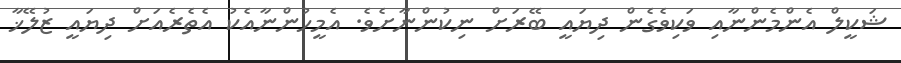
ޝަކީލް އެންމެންނާއި ވަކިވެގެން ދިޔައީ ބޭރަށް ނިކުންނާށެވެ. އެމީހުންނާއެކު އެތެރެއަށް ދިޔައީ ޒުލޭޚާ